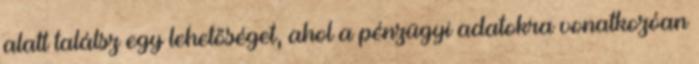
alatt találsz egy lehetőséget, ahol a pénzügyi adatokra vonatkozóan